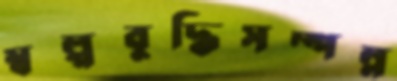
স্বল্পবুদ্ধিসম্পন্ন